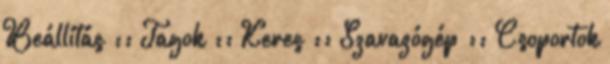
Beállítás :: Tagok :: Keres :: Szavazógép :: Csoportok